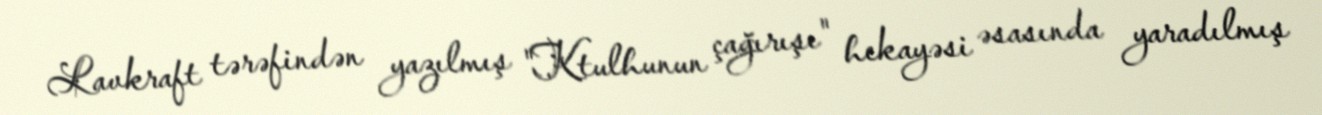
Lavkraft tərəfindən yazılmış "Ktulhunun çağırışı" hekayəsi əsasında yaradılmış